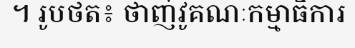
។ រូបថត៖ ថាញ់វូគណៈកម្មាធិការ